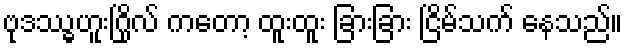
ဗုဒဿ္ဓဟူးဂြိုလ် ကတော့ ထူးထူး ခြားခြား ငြိမ်သက် နေသည်။